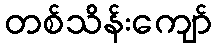
တစ်သိန်းကျော်